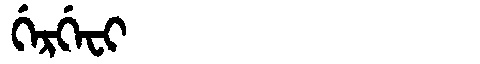
Manchu: ᡤᡝᡵᡤᡝᠸᡳ
Romanization: GERGEFI